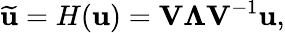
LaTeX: \widetilde{\mathbf{u}}=H(\mathbf{u})=\mathbf{V}\boldsymbol{\Lambda}\mathbf{V}^{-1}\mathbf{u},